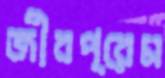
জীবপ্রেম